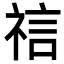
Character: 𫀎